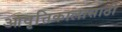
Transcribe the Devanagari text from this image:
आवृत्तिकालासाठी